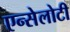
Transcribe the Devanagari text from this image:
एन्सेलोटी